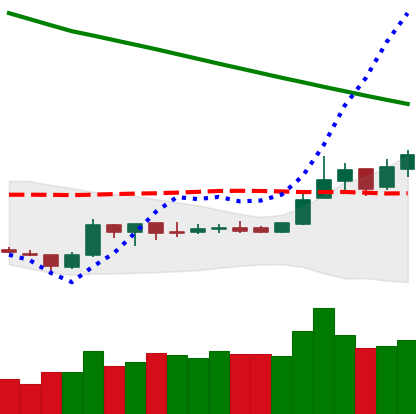
Ticker: ETC-USD
Chart end date: 2019-02-23
Forward return: -11.666%
Label: down_7plus